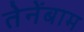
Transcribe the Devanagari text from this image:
तेनेंबाम